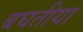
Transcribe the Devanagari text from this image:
बघतीया